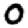
Digit: 0